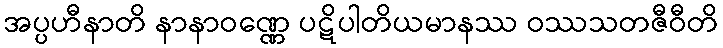
အပ္ပဟီနာတိ နာနာဝဏ္ဏေ ပဋိပါတိယမာနဿ ဝဿသတဇီဝီတိ